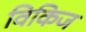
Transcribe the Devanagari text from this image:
विकिज